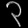
Digit: ၃